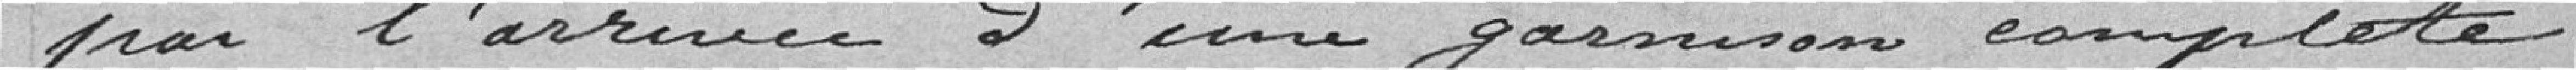
par l'arrivée d'une garnison complète .